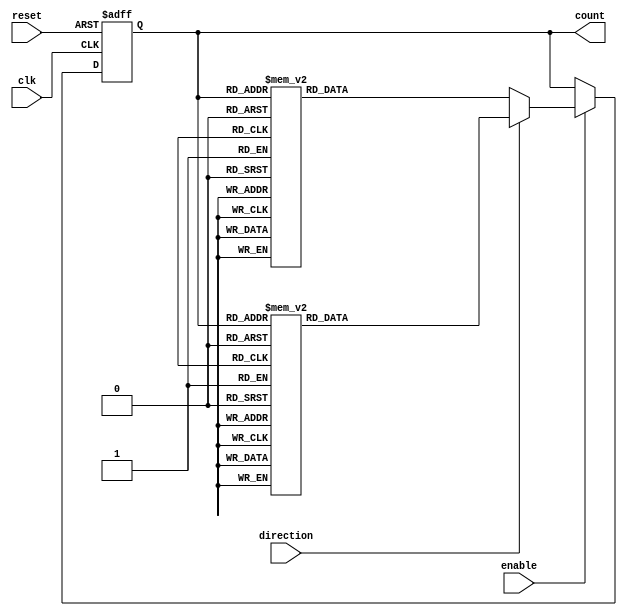
module BiGrayCounter (
    input wire clk,
    input wire reset,
    input wire enable,
    input wire direction,
    output reg [3:0] count
);

reg [3:0] next_count;

always @(posedge clk or posedge reset) begin
    if (reset) begin
        count <= 4'b0000;
    end else if (enable) begin
        if (direction) begin // Increment
            case(count)
                4'b0000: next_count = 4'b0001;
                4'b0001: next_count = 4'b0011;
                4'b0011: next_count = 4'b0010;
                4'b0010: next_count = 4'b0110;
                4'b0110: next_count = 4'b0111;
                4'b0111: next_count = 4'b0101;
                4'b0101: next_count = 4'b0100;
                4'b0100: next_count = 4'b1100;
                4'b1100: next_count = 4'b1101;
                4'b1101: next_count = 4'b1111;
                4'b1111: next_count = 4'b1110;
                4'b1110: next_count = 4'b1010;
                4'b1010: next_count = 4'b1011;
                4'b1011: next_count = 4'b1001;
                4'b1001: next_count = 4'b1000;
                4'b1000: next_count = 4'b0000;
            endcase
        end else begin // Decrement
            case(count)
                4'b0000: next_count = 4'b1000;
                4'b1000: next_count = 4'b1001;
                4'b1001: next_count = 4'b1011;
                4'b1011: next_count = 4'b1010;
                4'b1010: next_count = 4'b1110;
                4'b1110: next_count = 4'b1111;
                4'b1111: next_count = 4'b1101;
                4'b1101: next_count = 4'b1100;
                4'b1100: next_count = 4'b0100;
                4'b0100: next_count = 4'b0101;
                4'b0101: next_count = 4'b0111;
                4'b0111: next_count = 4'b0110;
                4'b0110: next_count = 4'b0010;
                4'b0010: next_count = 4'b0011;
                4'b0011: next_count = 4'b0001;
                4'b0001: next_count = 4'b0000;
            endcase
        end
        count <= next_count;
    end
end

endmodule